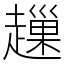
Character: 䟁